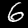
Digit: 6